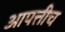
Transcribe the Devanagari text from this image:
आपत्तीच